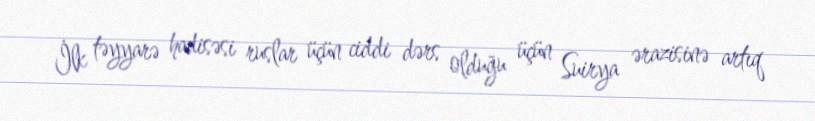
İlk təyyarə hadisəsi ruslar üçün ciddi dərs olduğu üçün Suirya ərazisinə artıq